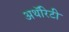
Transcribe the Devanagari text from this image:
अथॅरिटी